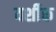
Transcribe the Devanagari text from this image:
वर्शीक